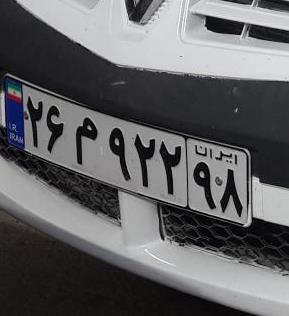
۲۶م۹۲۲۹۸